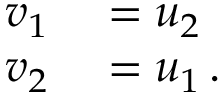
\begin{array} { r l } { v _ { 1 } } & { { } = u _ { 2 } } \\ { v _ { 2 } } & { { } = u _ { 1 } \, . } \end{array}